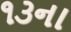
૧૩ના